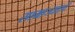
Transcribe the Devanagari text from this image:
साम्राज्यााचे